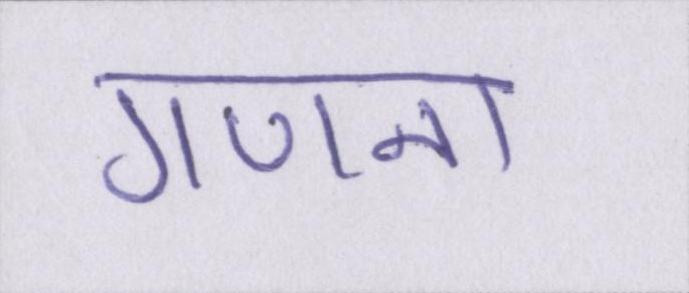
गणना